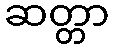
ဆတ္တာ